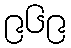
၉၆၉